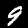
Digit: 9